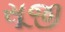
સૂજી